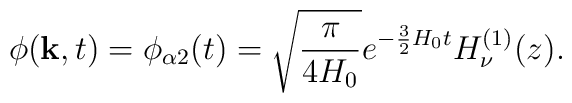
\phi ({\bf k}, t) = \phi_{\alpha 2} (t) =\sqrt{\frac{\pi}{4H_0}}e^{- \frac{3}{2} H_0 t} H_\nu^{(1)} (z).